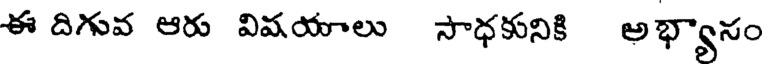
ఈ దిగువ ఆరు విషయాలు సాధకునికి అభ్యాసం